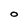
Character: O